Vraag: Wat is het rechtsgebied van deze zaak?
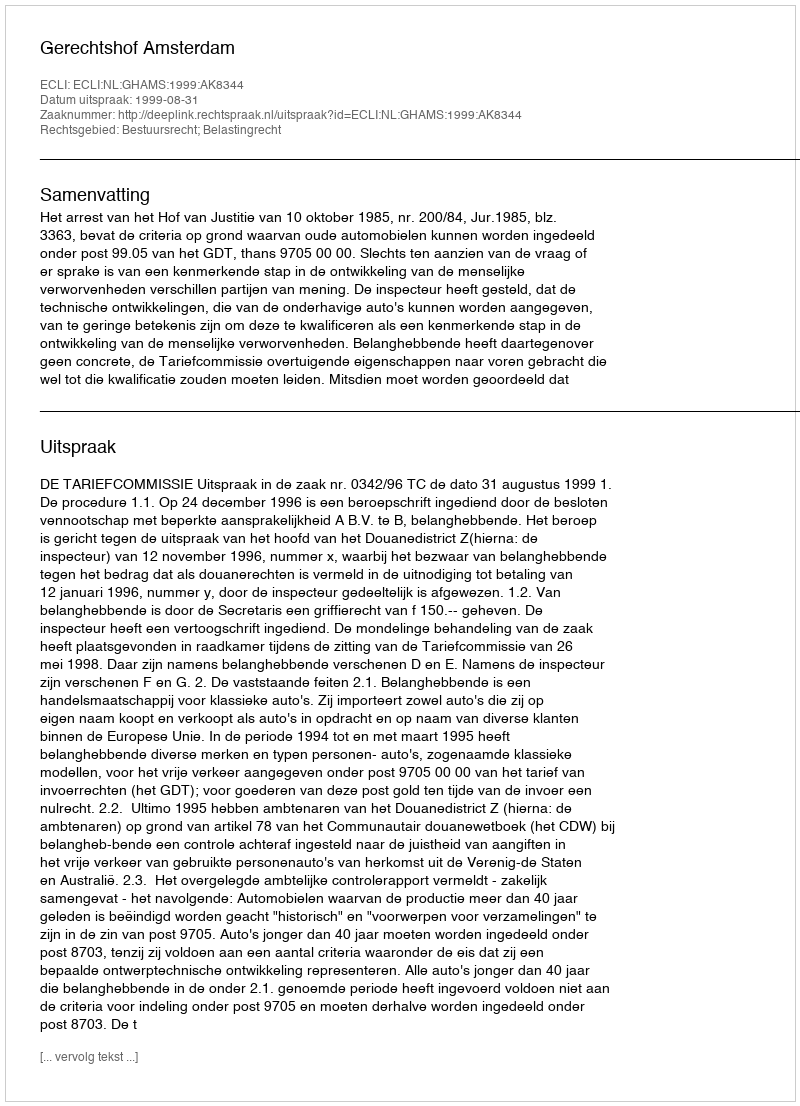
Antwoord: Bestuursrecht; Belastingrecht